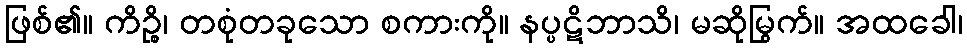
ဖြစ်၏။ ကိဉ္စိ၊ တစုံတခုသော စကားကို။ နပ္ပဋိဘာသိ၊ မဆိုမြွက်။ အထခေါ၊